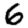
Digit: 6